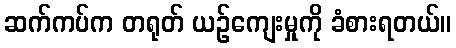
ဆက်ကပ်က တရုတ် ယဉ်ကျေးမှုကို ခံစားရတယ်။